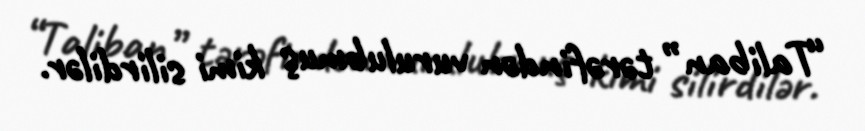
“Taliban” tərəfindən vurulubmuş kimi silirdilər.